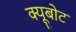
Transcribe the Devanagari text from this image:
क्यूबोट